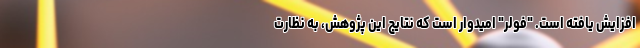
افزایش یافته است. "فولر" امیدوار است که نتایج این پژوهش، به نظارت